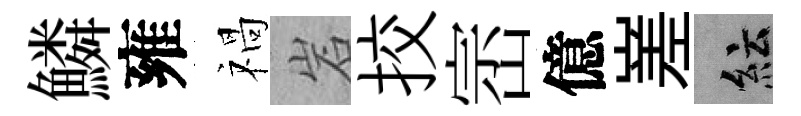
鱗雍禍岩挍崈億嵳紜